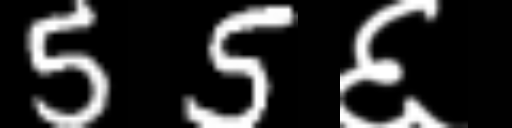
Text: 55६